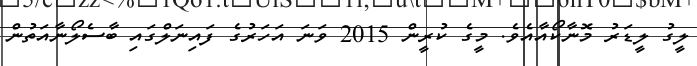
ލީގު ލީޑަރު މޮނާކޯއާއެވެ. މީގެ ކުރީން 2015 ވަނަ އަހަރުގެ ފައިނަލްގައި ބާސެލޯނާއަތުން